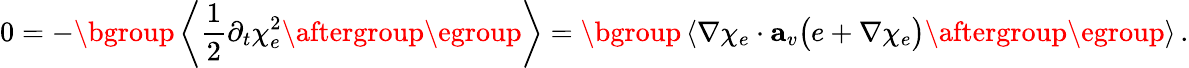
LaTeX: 0=-\mathopen{}\mathclose\bgroup\left\langle\frac 12\partial_{t}\chi_{e}^{2}\aftergroup\egroup\right\rangle=\mathopen{}\mathclose\bgroup\left\langle\nabla\chi_{e}\cdot\mathbf{a}_{v}\big(e+\nabla\chi_{e}\big)\aftergroup\egroup\right\rangle\, .